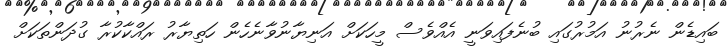
ބައިޑެން ނެރުނު އަމުރުގައި ބުނެފައިވަނީ އެއްވެސް މީހަކަށް އަނިޔާނުވާނެހެން ހަތިޔާރު ރައްކާކުރާ ގުދަންތަކަށް